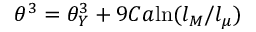
\theta ^ { 3 } = \theta _ { Y } ^ { 3 } + 9 C a \mathrm { l n } ( l _ { M } / l _ { \mu } )